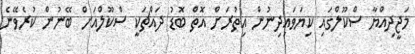
މަޖީދިއްޔާ ސްކޫލްގައި ކިޔަވައިދިނުން އިތުރަށް އޮތް ބޮޑު ދައްޗަކީ ސްކޫލްއަށް ބޭނުން ކުރެވޭނެ